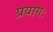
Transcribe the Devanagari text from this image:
प्रयागः